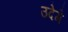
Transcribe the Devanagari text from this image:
उदेगे